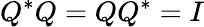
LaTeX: Q^{*}Q=QQ^{*}=I